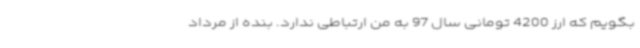
بگویم که ارز 4200 تومانی سال 97 به من ارتباطی ندارد. بنده از مرداد